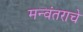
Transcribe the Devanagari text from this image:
मन्वंतराचे